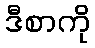
ဒီစာကို